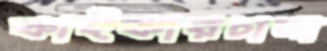
কাইকারচালা